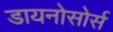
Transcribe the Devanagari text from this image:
डायनोसोर्स